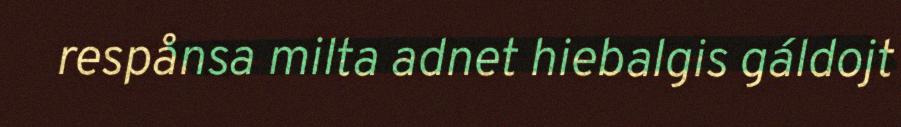
respånsa milta adnet hiebalgis gáldojt